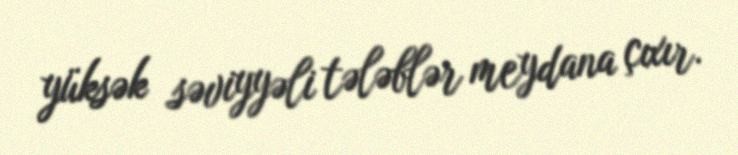
yüksək səviyyəli tələblər meydana çıxır.